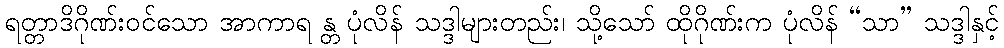
ရတ္တာဒိဂိုဏ်းဝင်သော အာကာရ န္တ ပုံလိန် သဒ္ဒါများတည်း၊ သို့သော် ထိုဂိုဏ်းက ပုံလိန် “သာ” သဒ္ဒါနှင့်